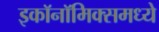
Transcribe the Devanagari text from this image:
इकाॅनाॅमिक्समध्ये